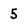
Character: 5